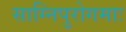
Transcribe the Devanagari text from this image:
साग्निपुरोगमाः